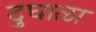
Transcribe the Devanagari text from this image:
दुघाळा